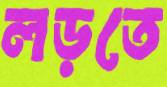
লড়তে